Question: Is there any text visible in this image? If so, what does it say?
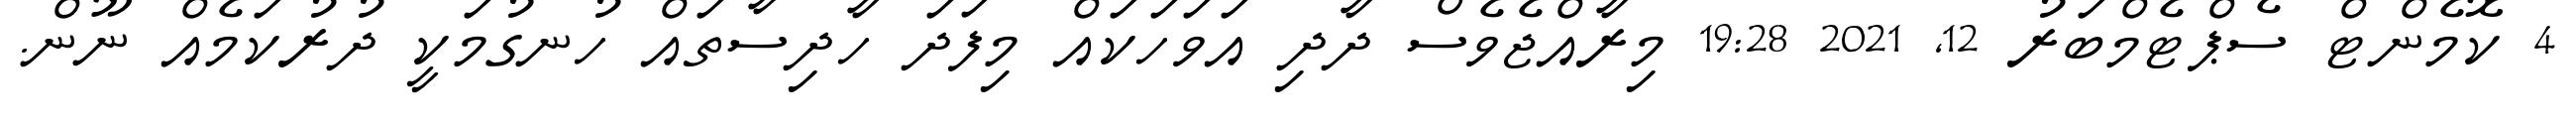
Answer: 4 ކޮމެންޓް ސެޕްޓެމްބަރު 12, 2021 19:28 މިރާއްޖެވެސް ދާދި އަވަހަކައް މިފަދަ ހާދިސާތައް ހުނގުމަކީ ދުރުކަމެއް ނޫން.